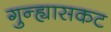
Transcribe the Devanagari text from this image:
गुन्ह्यासकट